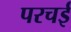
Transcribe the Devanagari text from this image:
परचई